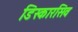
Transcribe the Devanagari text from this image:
डिस्कारसिव